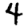
Digit: 4